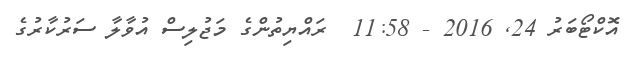
އޮކްޓޯބަރު 24